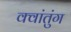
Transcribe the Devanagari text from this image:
क्वांतुंग